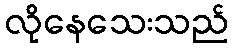
လိုနေသေးသည်